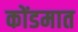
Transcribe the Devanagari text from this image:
कोंडमात